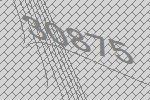
30875